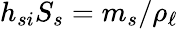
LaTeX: h_{si}S_{s}=m_{s}/\rho_{\ell}